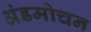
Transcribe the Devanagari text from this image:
अंडमोचन